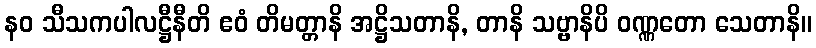
နဝ သီသကပါလဋ္ဌီနီတိ ဧဝံ တိမတ္တာနိ အဋ္ဌိသတာနိ, တာနိ သဗ္ဗာနိပိ ဝဏ္ဏတော သေတာနိ။